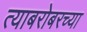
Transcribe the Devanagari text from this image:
त्याबरोबरच्या